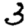
Digit: 3